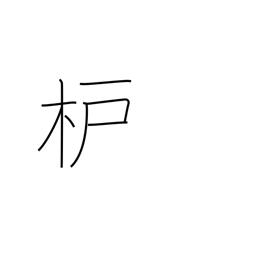
Meaning: sumac